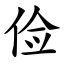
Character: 俭